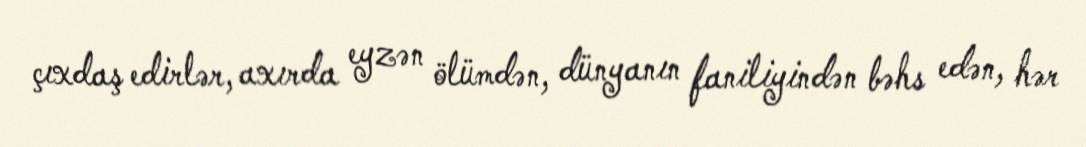
çıxdaş edirlər, axırda eyzən ölümdən, dünyanın faniliyindən bəhs edən, hər